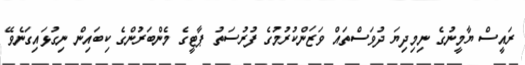
ރައީސް ޔާމީނުގެ ނިމިދިޔަ ދުވަސްތައް ވަޒަންކުރުމުގެ ފުރުސަތު ޕާޓީގެ މެންބަރުންގެ ކިބައިން ނިގުޅައިގަނެވޭ